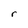
Character: r